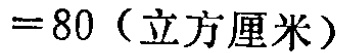
$=80（\mathrm{立方厘米}）$